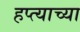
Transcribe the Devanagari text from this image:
हप्‍त्याच्या